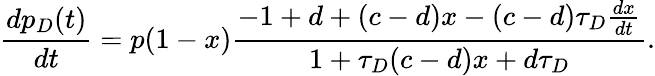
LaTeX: \frac{dp_{D}(t)}{dt}=p(1-x)\frac{-1+d+(c-d)x-(c-d)\tau_{D}\frac{dx}{dt}}{1+\tau_{D}(c-d)x+d\tau_{D}}.